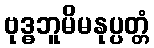
ဗုဒ္ဓဘူမိမနုပ္ပတ္တံ